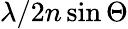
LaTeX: \lambda/2n\sin\Theta